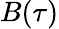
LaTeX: B(\tau)